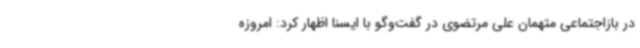
در بازاجتماعی متهمان علی مرتضوی در گفت‌وگو با ایسنا اظهار کرد: امروزه